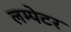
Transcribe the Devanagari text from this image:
लम्पेटर